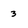
Character: 3